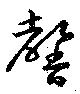
馨